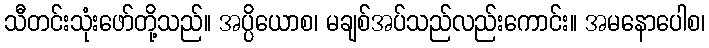
သီတင်းသုံးဖော်တို့သည်။ အပ္ပိယောစ၊ မချစ်အပ်သည်လည်းကောင်း။ အမနောပေါစ၊